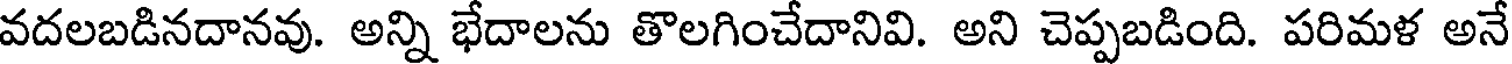
వదలబడినదానవు. అన్ని భేదాలను తొలగించేదానివి. అని చెప్పబడింది. పరిమళ అనే